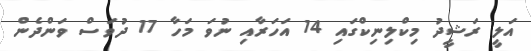
އަލީ ރަޝީދު މިކްލިނިކްގައި 14 އަހަރާއި ނުވަ މަހާ 17 ދުވަސް ވަންދެން